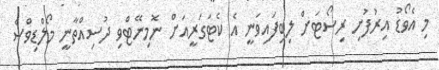
މި އެވޯޑު އިރުފުށި ރިސޯޓަށް ލިބިފައިވަނީ އެ ކެޓަގަރީއަށް ނޮމިނޭޓްވި ދުސިއްތާނީ މޯލްޑިވްސް